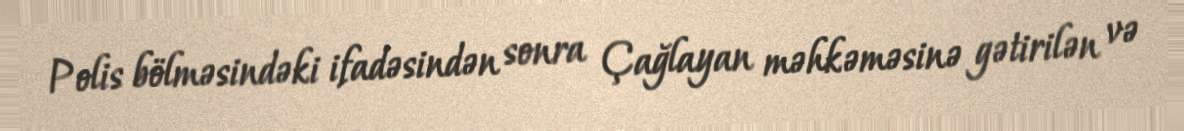
Polis bölməsindəki ifadəsindən sonra Çağlayan məhkəməsinə gətirilən və